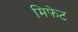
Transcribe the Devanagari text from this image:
मिफेट